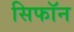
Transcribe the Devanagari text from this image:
सिफॉन